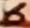
Text: 6